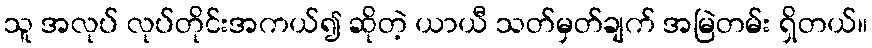
သူ အလုပ် လုပ်တိုင်းအကယ်၍ ဆိုတဲ့ ယာယီ သတ်မှတ်ချက် အမြဲတမ်း ရှိတယ်။